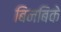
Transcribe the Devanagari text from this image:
बिनबिके